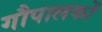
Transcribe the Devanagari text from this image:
गौपालकों